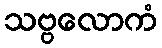
သဗ္ဗလောကံ